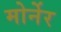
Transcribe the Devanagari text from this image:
मोर्नेर